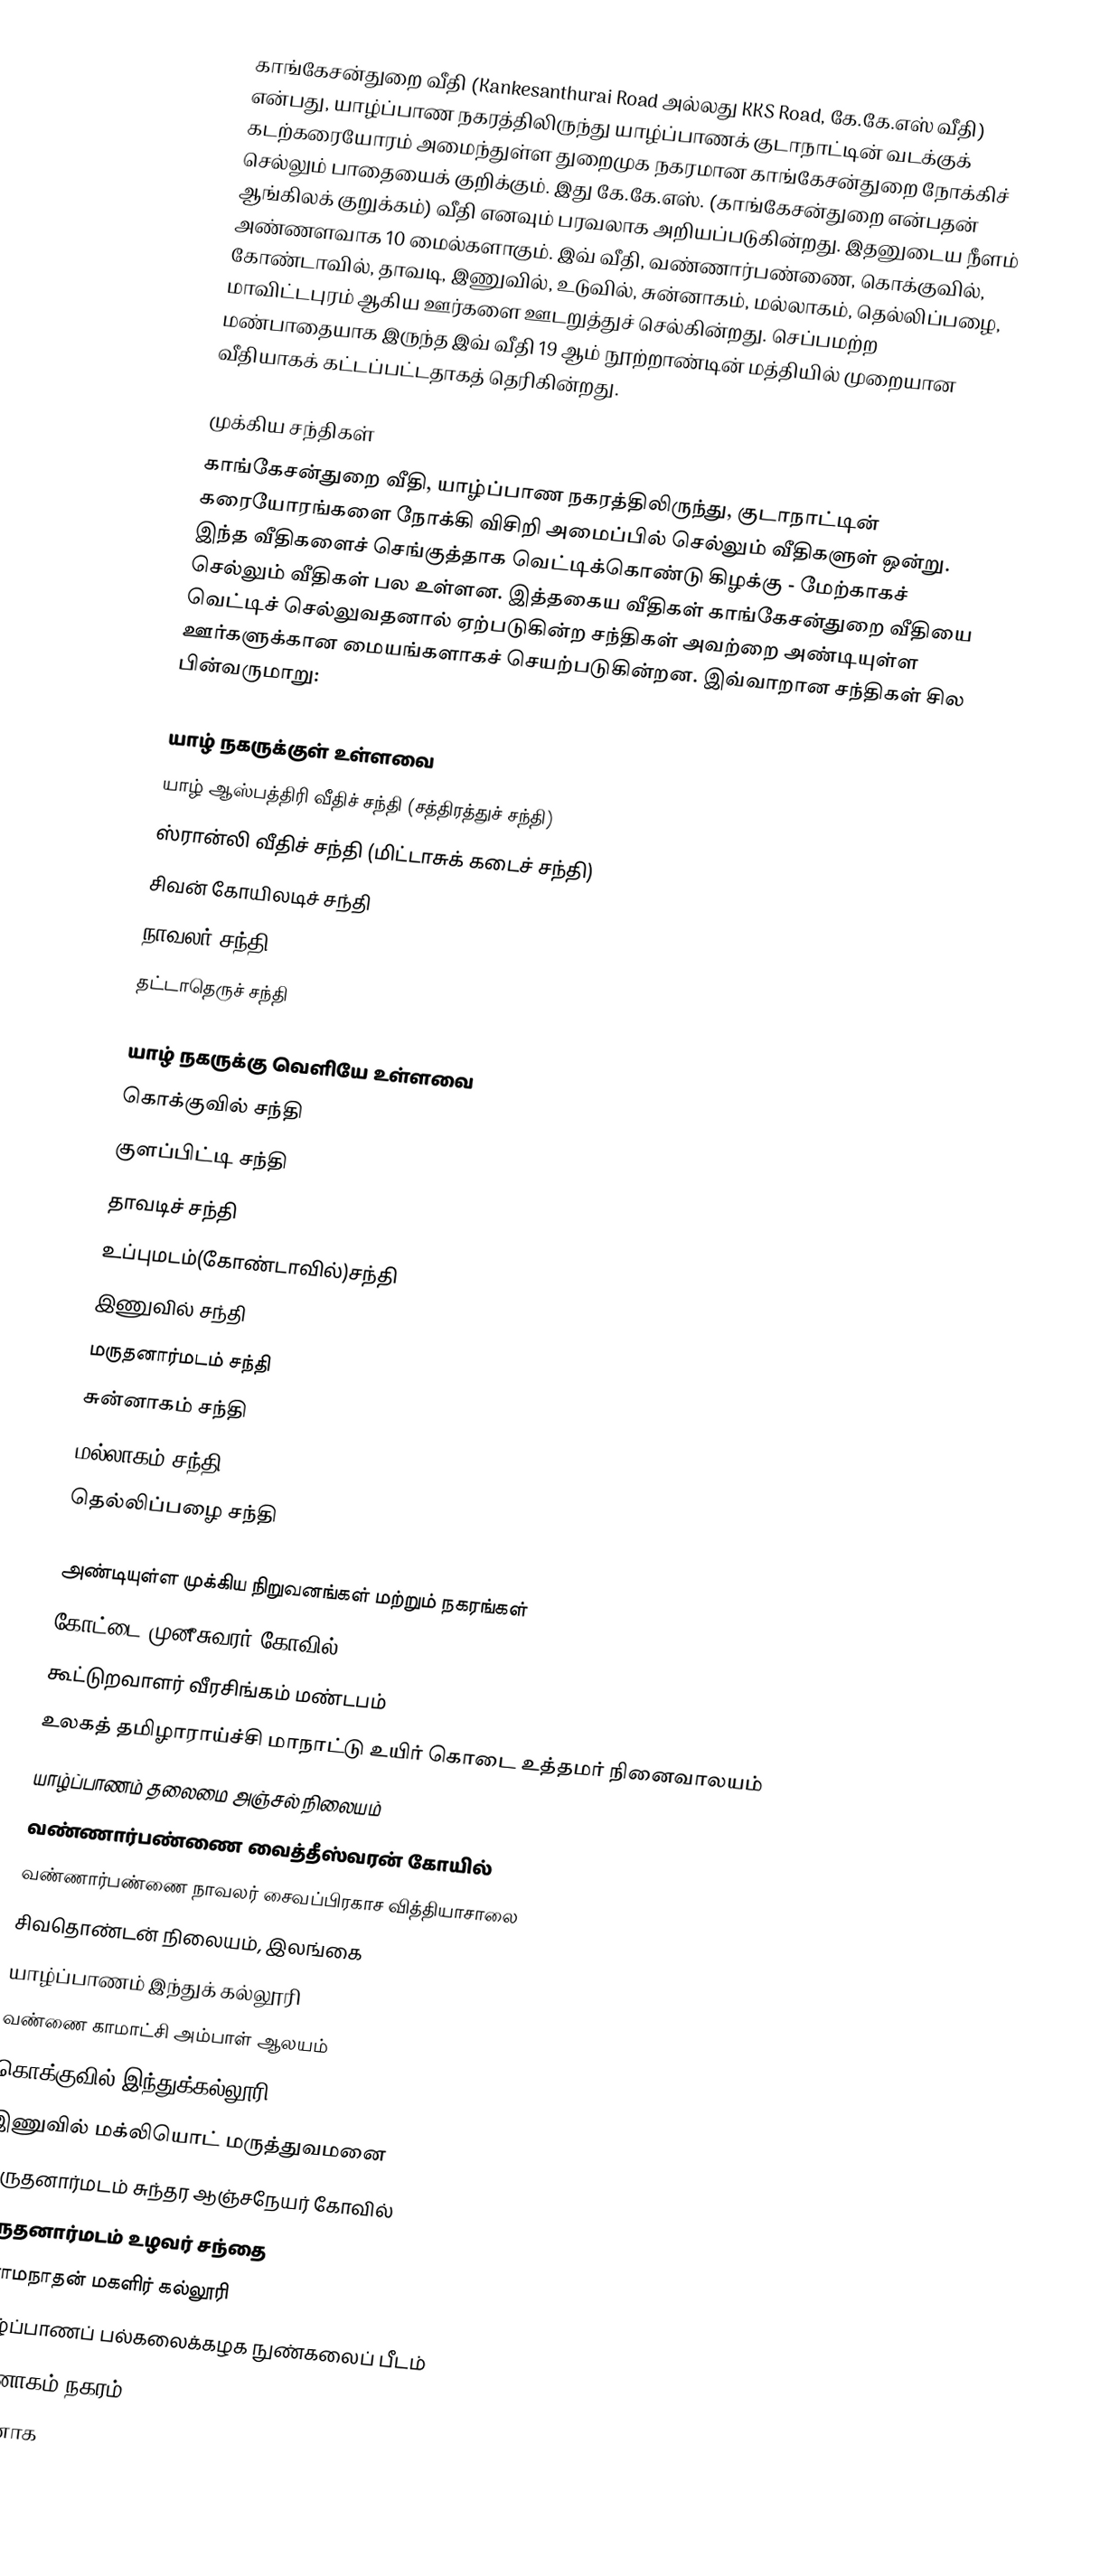
காங்கேசன்துறை வீதி (Kankesanthurai Road அல்லது KKS Road, கே.கே.எஸ் வீதி) என்பது, யாழ்ப்பாண நகரத்திலிருந்து யாழ்ப்பாணக் குடாநாட்டின் வடக்குக் கடற்கரையோரம் அமைந்துள்ள துறைமுக நகரமான காங்கேசன்துறை நோக்கிச் செல்லும் பாதையைக் குறிக்கும். இது கே.கே.எஸ். (காங்கேசன்துறை என்பதன் ஆங்கிலக் குறுக்கம்) வீதி எனவும் பரவலாக அறியப்படுகின்றது. இதனுடைய நீளம் அண்ணளவாக 10 மைல்களாகும். இவ் வீதி, வண்ணார்பண்ணை, கொக்குவில், கோண்டாவில், தாவடி, இணுவில், உடுவில், சுன்னாகம், மல்லாகம், தெல்லிப்பழை, மாவிட்டபுரம் ஆகிய ஊர்களை ஊடறுத்துச் செல்கின்றது. செப்பமற்ற மண்பாதையாக இருந்த இவ் வீதி 19 ஆம் நூற்றாண்டின் மத்தியில் முறையான வீதியாகக் கட்டப்பட்டதாகத் தெரிகின்றது.

முக்கிய சந்திகள்
காங்கேசன்துறை வீதி, யாழ்ப்பாண நகரத்திலிருந்து, குடாநாட்டின் கரையோரங்களை நோக்கி விசிறி அமைப்பில் செல்லும் வீதிகளுள் ஒன்று. இந்த வீதிகளைச் செங்குத்தாக வெட்டிக்கொண்டு கிழக்கு - மேற்காகச் செல்லும் வீதிகள் பல உள்ளன. இத்தகைய வீதிகள் காங்கேசன்துறை வீதியை வெட்டிச் செல்லுவதனால் ஏற்படுகின்ற சந்திகள் அவற்றை அண்டியுள்ள ஊர்களுக்கான மையங்களாகச் செயற்படுகின்றன. இவ்வாறான சந்திகள் சில பின்வருமாறு:

யாழ் நகருக்குள் உள்ளவை
 யாழ் ஆஸ்பத்திரி வீதிச் சந்தி (சத்திரத்துச் சந்தி)
 ஸ்ரான்லி வீதிச் சந்தி (மிட்டாசுக் கடைச் சந்தி)
 சிவன் கோயிலடிச் சந்தி
 நாவலர் சந்தி
 தட்டாதெருச் சந்தி

யாழ் நகருக்கு வெளியே உள்ளவை
 கொக்குவில் சந்தி
 குளப்பிட்டி சந்தி
 தாவடிச் சந்தி
 உப்புமடம்(கோண்டாவில்)சந்தி
 இணுவில் சந்தி
 மருதனார்மடம் சந்தி
 சுன்னாகம் சந்தி
 மல்லாகம் சந்தி
 தெல்லிப்பழை சந்தி

அண்டியுள்ள முக்கிய நிறுவனங்கள் மற்றும் நகரங்கள்
 கோட்டை முனீசுவரர் கோவில்
 கூட்டுறவாளர் வீரசிங்கம் மண்டபம்
 உலகத் தமிழாராய்ச்சி மாநாட்டு உயிர் கொடை உத்தமர் நினைவாலயம்
 யாழ்ப்பாணம் தலைமை அஞ்சல் நிலையம்
 வண்ணார்பண்ணை வைத்தீஸ்வரன் கோயில்
 வண்ணார்பண்ணை நாவலர் சைவப்பிரகாச வித்தியாசாலை
 சிவதொண்டன் நிலையம், இலங்கை
 யாழ்ப்பாணம் இந்துக் கல்லூரி
 வண்ணை காமாட்சி அம்பாள் ஆலயம்
 கொக்குவில் இந்துக்கல்லூரி
 இணுவில் மக்லியொட் மருத்துவமனை
 மருதனார்மடம் சுந்தர ஆஞ்சநேயர் கோவில்
 மருதனார்மடம் உழவர் சந்தை
 இராமநாதன் மகளிர் கல்லூரி
 யாழ்ப்பாணப் பல்கலைக்கழக நுண்கலைப் பீடம்
 சுன்னாகம் நகரம்
 சுன்னாக